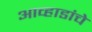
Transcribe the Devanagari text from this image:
आव्हाडांचे